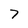
Character: 7